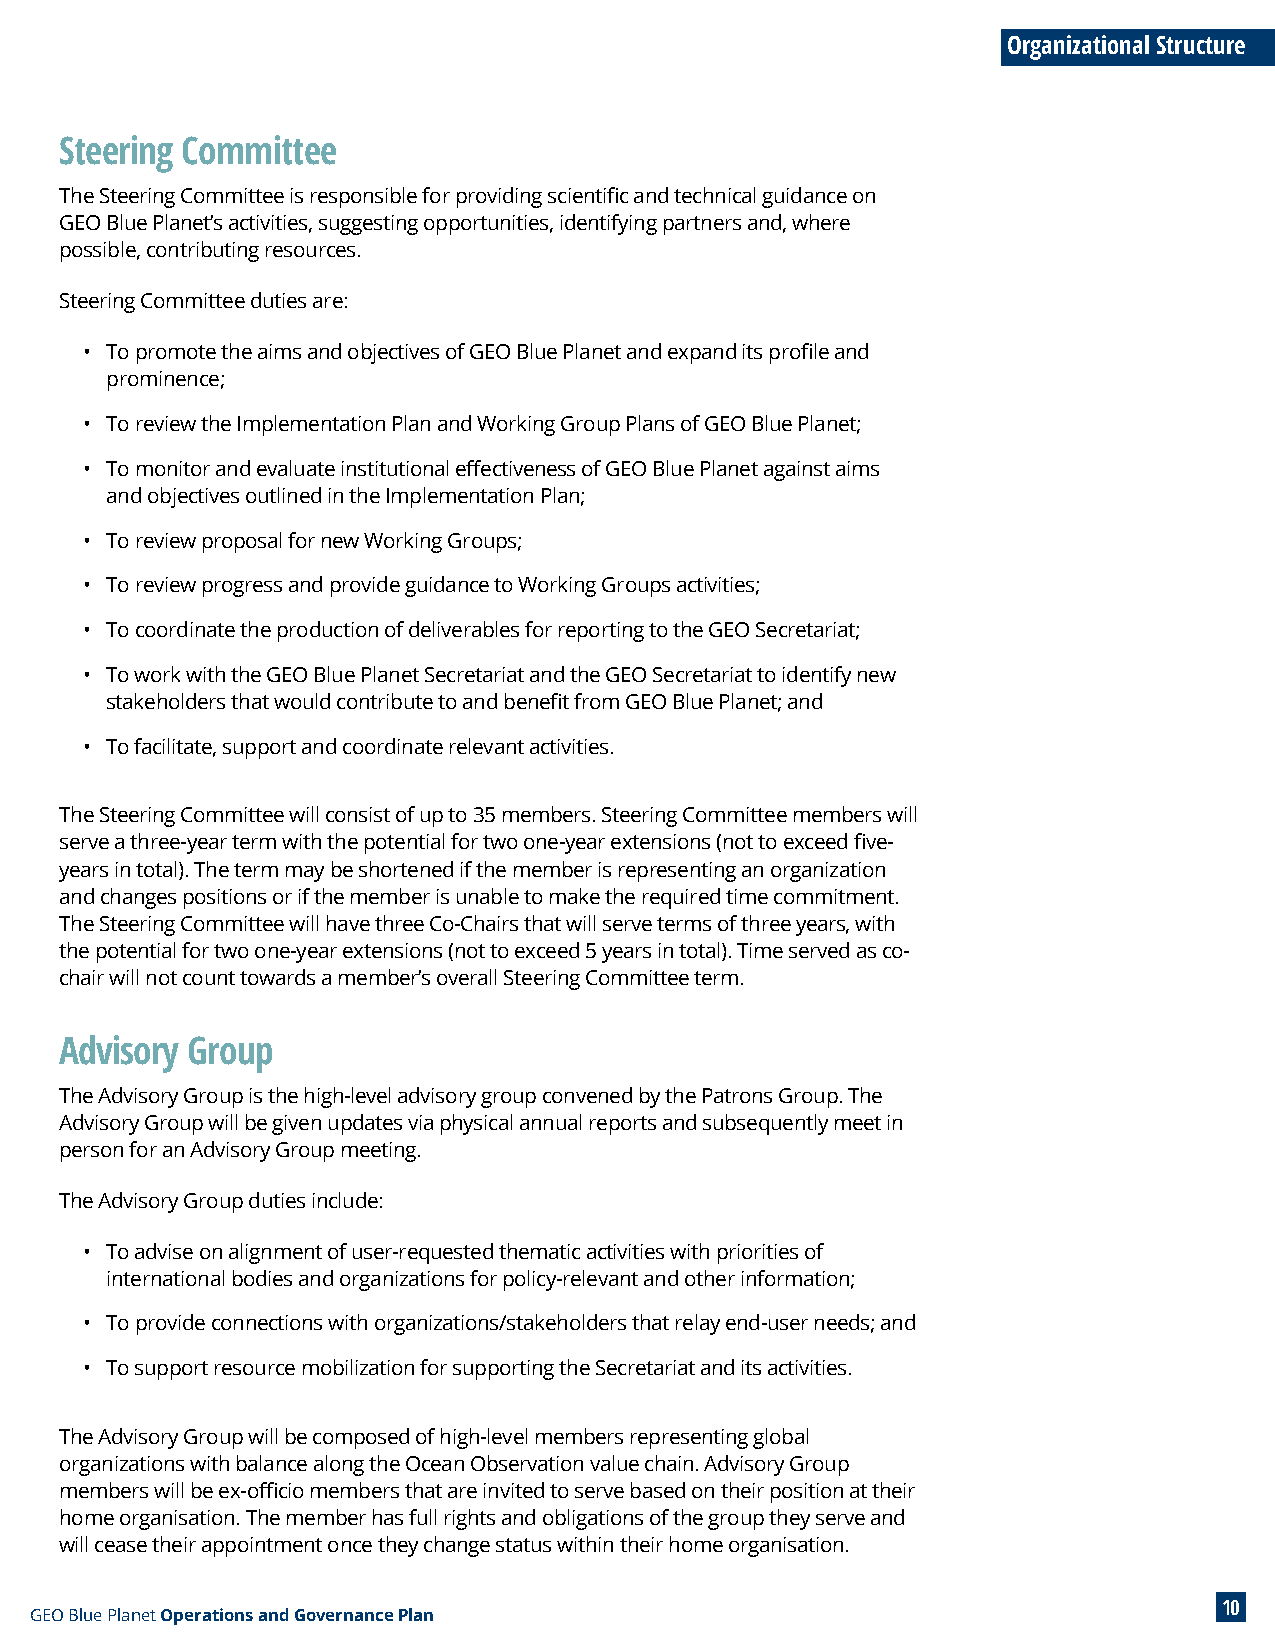
Organizational Structure
 Steering Committee
 The Steering Committee is responsible for providing scientific and technical guidance on
 GEO Blue Planet’s activities, suggesting opportunities, identifying partners and, where
 possible, contributing resources.
 Steering Committee duties are:
 • To promote the aims and objectives of GEO Blue Planet and expand its profile and
 prominence;
 • To review the Implementation Plan and Working Group Plans of GEO Blue Planet;
 • To monitor and evaluate institutional effectiveness of GEO Blue Planet against aims
 and objectives outlined in the Implementation Plan;
 • To review proposal for new Working Groups;
 • To review progress and provide guidance to Working Groups activities;
 • To coordinate the production of deliverables for reporting to the GEO Secretariat;
 • To work with the GEO Blue Planet Secretariat and the GEO Secretariat to identify new
 stakeholders that would contribute to and benefit from GEO Blue Planet; and
 • To facilitate, support and coordinate relevant activities.
 The Steering Committee will consist of up to 35 members. Steering Committee members will
 serve a three-year term with the potential for two one-year extensions (not to exceed five-
 years in total). The term may be shortened if the member is representing an organization
 and changes positions or if the member is unable to make the required time commitment.
 The Steering Committee will have three Co-Chairs that will serve terms of three years, with
 the potential for two one-year extensions (not to exceed 5 years in total). Time served as co-
 chair will not count towards a member’s overall Steering Committee term.
 Advisory Group
 The Advisory Group is the high-level advisory group convened by the Patrons Group. The
 Advisory Group will be given updates via physical annual reports and subsequently meet in
 person for an Advisory Group meeting.
 The Advisory Group duties include:
 • To advise on alignment of user-requested thematic activities with priorities of
 international bodies and organizations for policy-relevant and other information;
 • To provide connections with organizations/stakeholders that relay end-user needs; and
 • To support resource mobilization for supporting the Secretariat and its activities.
 The Advisory Group will be composed of high-level members representing global
 organizations with balance along the Ocean Observation value chain. Advisory Group
 members will be ex-officio members that are invited to serve based on their position at their
 home organisation. The member has full rights and obligations of the group they serve and
 will cease their appointment once they change status within their home organisation.
 10
 GEO Blue Planet Operations and Governance Plan